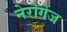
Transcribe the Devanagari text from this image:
नेरोगेज